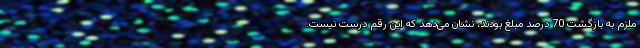
ملزم به بازگشت 70 درصد مبلغ بودند، نشان می‌دهد که این رقم درست نیست.